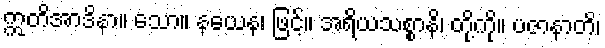
ဣတိအာဒိနာ။ သော။ နယေန၊ ဖြင့်။ အရိယသစ္စာနိ၊ တို့ကို။ ပဇာနာတိ၊